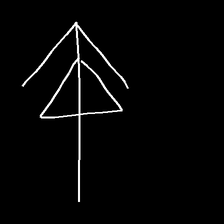
Glyph: pull